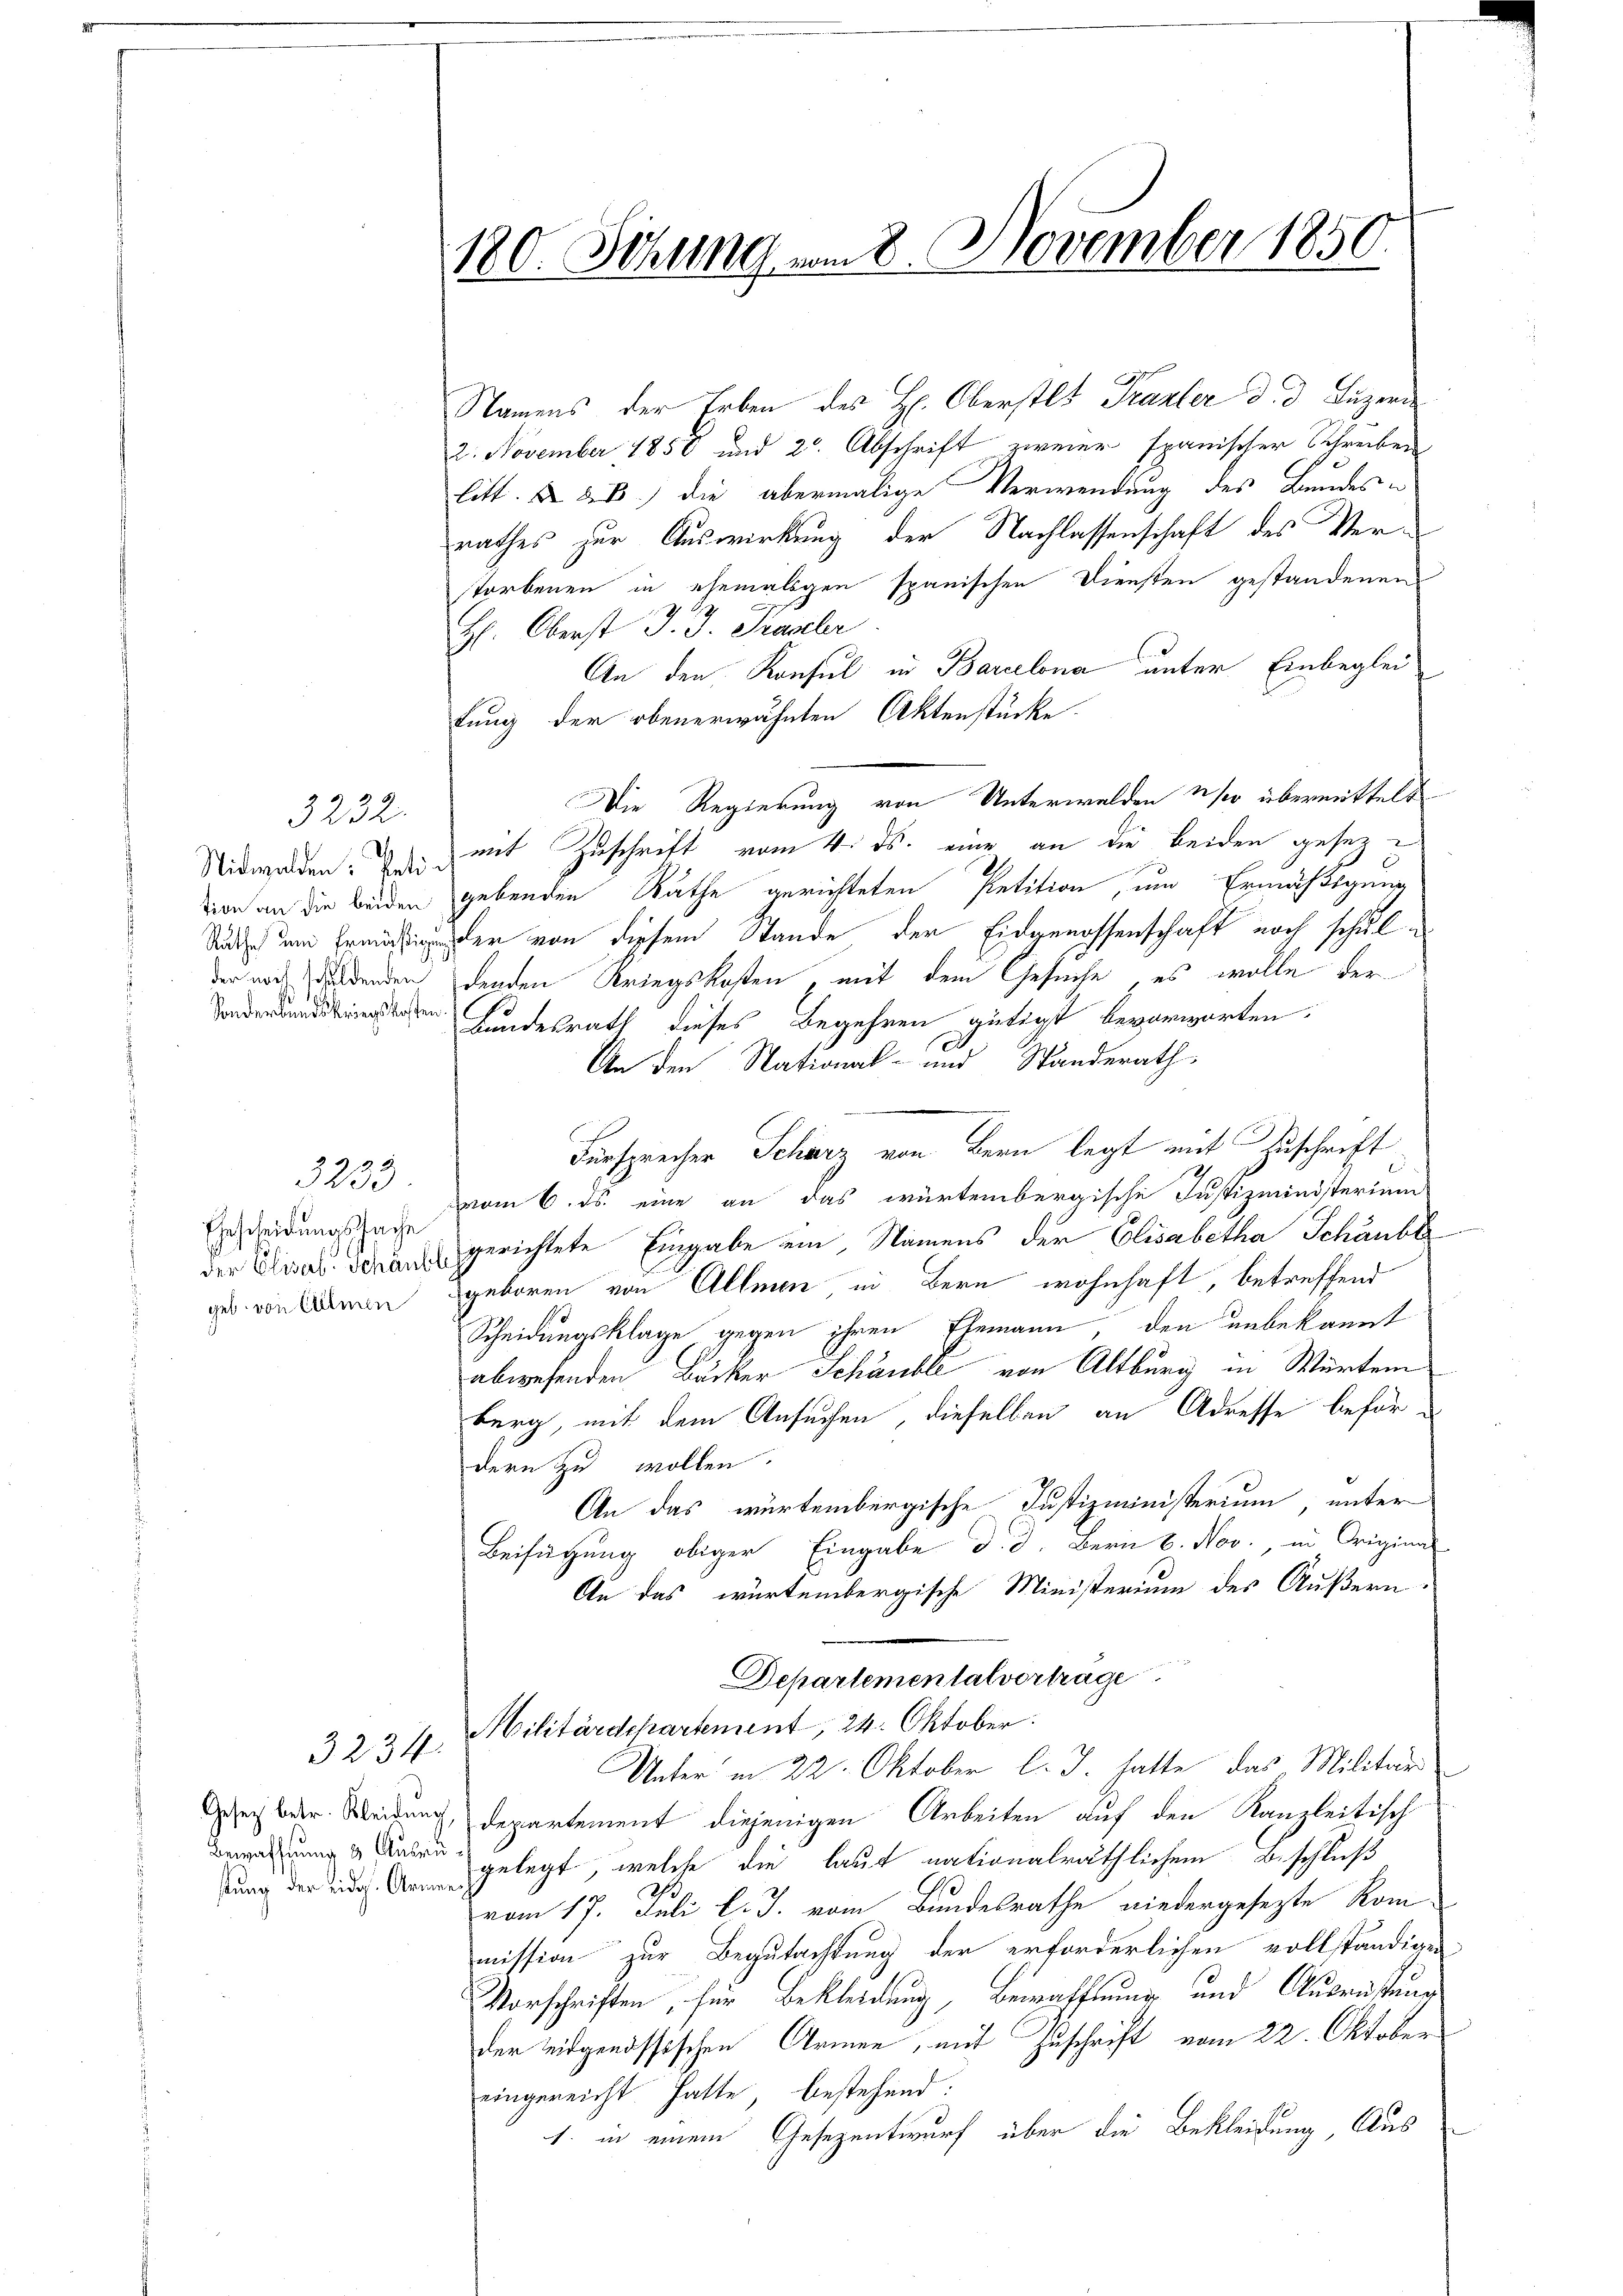
d
Nidwalden: Peti
tion an die beiden
Rathe um Ermäßig
der noch schuldenden
Sonderbundeskriegskost

3232.

3233

Ehescheidungssache
der Elisab. Schänkt
geb. von Allmen

3234.

stung der eidg. Armen¬

180. Setzung am 8. November 1850.

Namens der Erben des H: Oberstlt Trakter d. d. Luzern
2. November 1858 und 2. Abschrift zweier spanischer Schreiben
litt. & 26) die abermalige Verwendung des Bundesrathes zur Auswirkung der Nachlassenschaft des Vertorbenen in ehemaligen spanischen Diensten gestandenen
H. Oberst J. J. Trasler
An den Konsul in Barcelona unter Einbeglei
tung der obenerwähnten Aktenstücke.
Die Regierung von Unterwalden so übermittelt
mit Zuschrift vom 4. ds. eine an die beiden gesez
e
gebenden Räthe gerichteten Petition, um Ermäßigung
Der von diesem Stande der Eidgenossenschaft noch schuldenden Kriegskosten mit dem Gesuche, es wolle der
Bundesrath dieses Begehren gütigt bevorworten:
An den National- und Standerath
Fürsprecher Scharz von Bern legt mit Zuschrift
vom 6. ds. eine an das würtembergische Justizministerium
gerichtete Eingabe ein, Namens der Elisabetha Schänber
geboren von Allmen in Bern wohnhaft, betreffend
Scheidungsklage gegen ihren Elemann, den unbekannt
abwesenden Bucker Schäublé von Altburg in Würtem
berg mit dem Ansuchen, dieselben an Adresse befürdern zu wollen.
An das würtembergische Justizministerium, unter
Beifügung obiger Eingabe d. d. Bern 6. Nov., in Original
An das würtembergische Ministerium des Äußern
Departemental vortrage
Militärschartement, 24. Oktober.
Unter in 22. Oktober l. J. hatte das Militär
ey baar Weidung, departement diejenigen Arbeiten auf den Kanzleitisch
Beweisung & den gelegt, welche die lauf nationalräthlichem Beschluß
vom 17. Juli l. J. vom Bundesrathe niedergesezte Kom-
mission zur Begutachtung der erforderlichen vollständigen
Vorschriften, für Bekleidung, Bewaffnung und Ausrüstung
der eidgenössischen Armen, mit Zuschrift vom 22. Oktober
eingereicht. Hatte, bestehend:
1. in einem Gesezentwurf über die Bekleidung, Aus